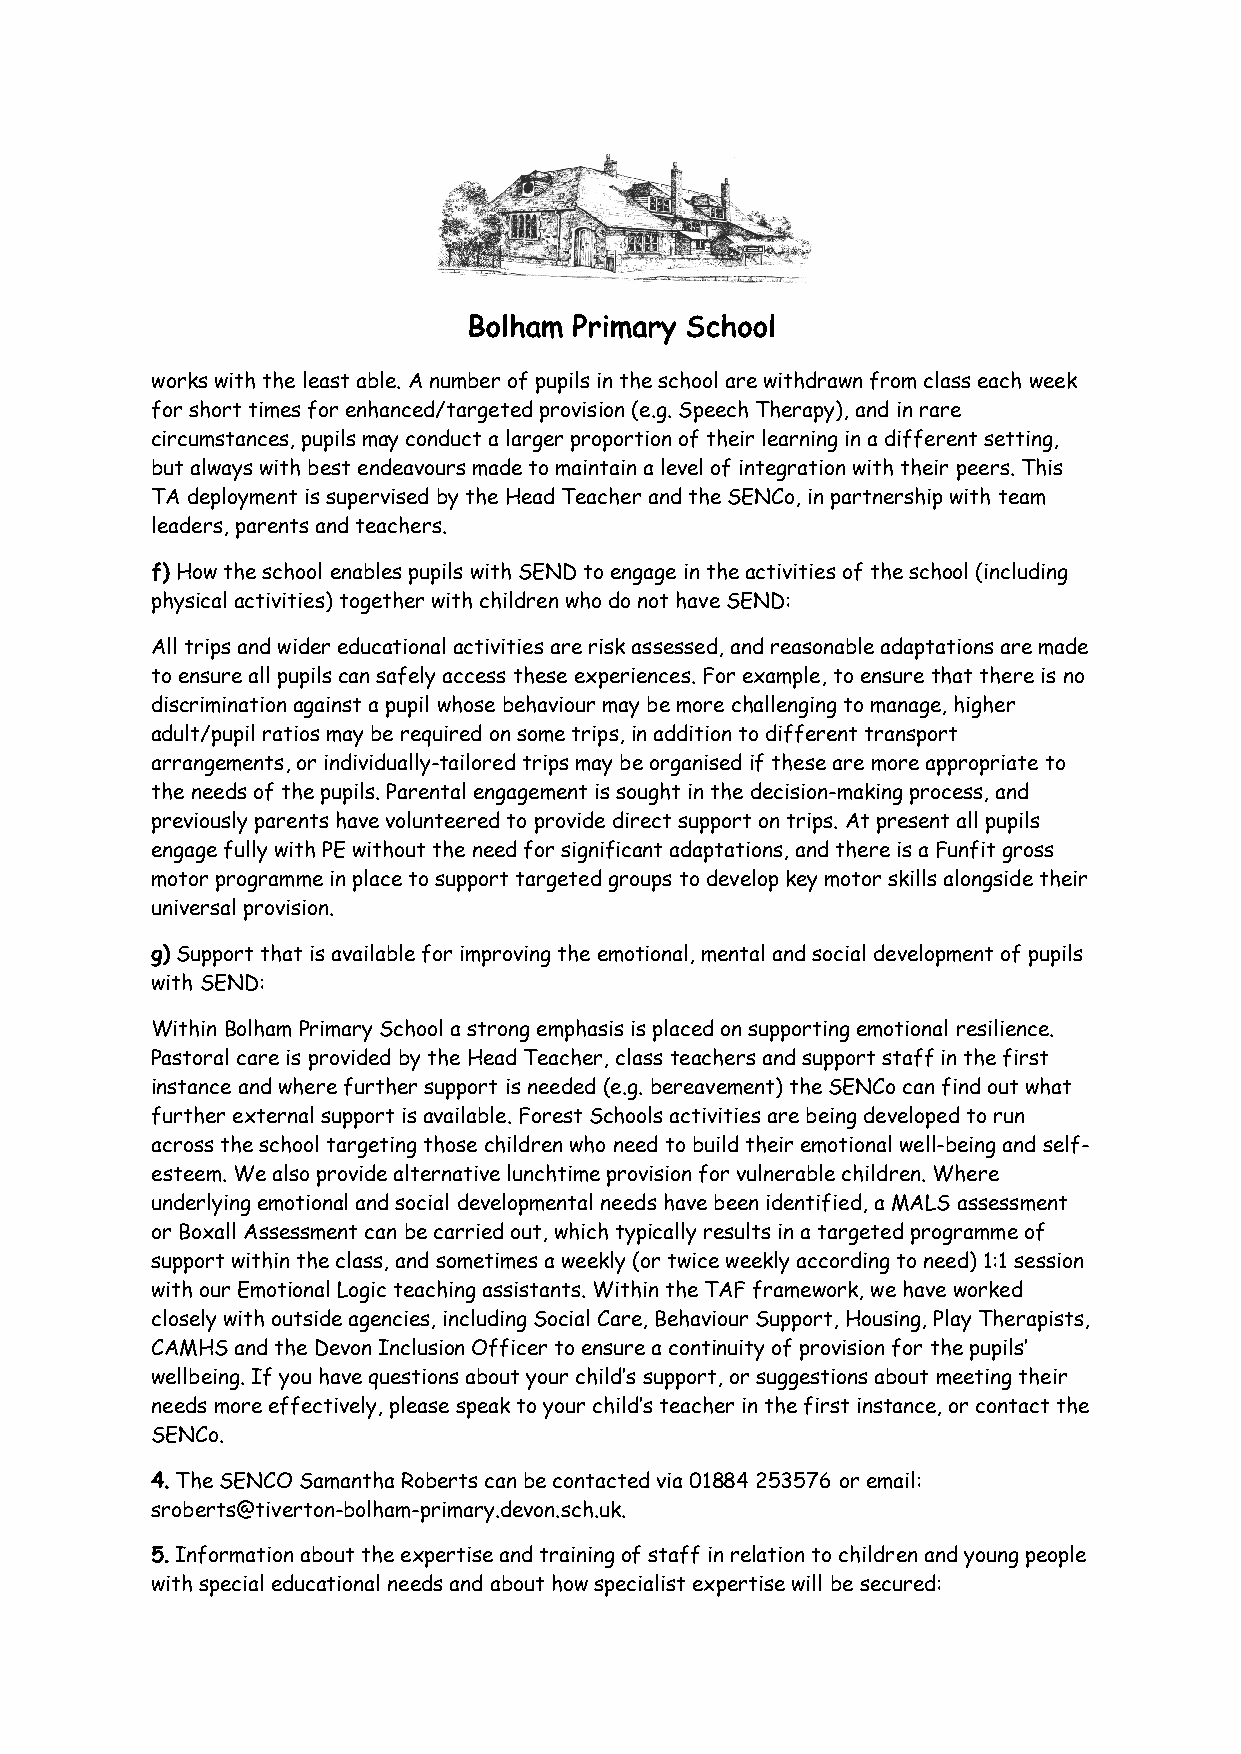
Bolham Primary School
 works with the least able. A number of pupils in the school are withdrawn from class each week
 for short times for enhanced/targeted provision (e.g. Speech Therapy), and in rare
 circumstances, pupils may conduct a larger proportion of their learning in a different setting,
 but always with best endeavours made to maintain a level of integration with their peers. This
 TA deployment is supervised by the Head Teacher and the SENCo, in partnership with team
 leaders, parents and teachers.
 f) How the school enables pupils with SEND to engage in the activities of the school (including
 physical activities) together with children who do not have SEND:
 All trips and wider educational activities are risk assessed, and reasonable adaptations are made
 to ensure all pupils can safely access these experiences. For example, to ensure that there is no
 discrimination against a pupil whose behaviour may be more challenging to manage, higher
 adult/pupil ratios may be required on some trips, in addition to different transport
 arrangements, or individually-tailored trips may be organised if these are more appropriate to
 the needs of the pupils. Parental engagement is sought in the decision-making process, and
 previously parents have volunteered to provide direct support on trips. At present all pupils
 engage fully with PE without the need for significant adaptations, and there is a Funfit gross
 motor programme in place to support targeted groups to develop key motor skills alongside their
 universal provision.
 g) Support that is available for improving the emotional, mental and social development of pupils
 with SEND:
 Within Bolham Primary School a strong emphasis is placed on supporting emotional resilience.
 Pastoral care is provided by the Head Teacher, class teachers and support staff in the first
 instance and where further support is needed (e.g. bereavement) the SENCo can find out what
 further external support is available. Forest Schools activities are being developed to run
 across the school targeting those children who need to build their emotional well-being and self-
 esteem. We also provide alternative lunchtime provision for vulnerable children. Where
 underlying emotional and social developmental needs have been identified, a MALS assessment
 or Boxall Assessment can be carried out, which typically results in a targeted programme of
 support within the class, and sometimes a weekly (or twice weekly according to need) 1:1 session
 with our Emotional Logic teaching assistants. Within the TAF framework, we have worked
 closely with outside agencies, including Social Care, Behaviour Support, Housing, Play Therapists,
 CAMHS and the Devon Inclusion Officer to ensure a continuity of provision for the pupils’
 wellbeing. If you have questions about your child’s support, or suggestions about meeting their
 needs more effectively, please speak to your child’s teacher in the first instance, or contact the
 SENCo.
 4. The SENCO Samantha Roberts can be contacted via 01884 253576 or email:
 sroberts@tiverton-bolham-primary.devon.sch.uk.
 5. Information about the expertise and training of staff in relation to children and young people
 with special educational needs and about how specialist expertise will be secured: